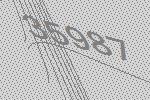
35987